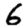
Digit: 6